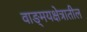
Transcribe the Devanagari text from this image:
वाङ्मयक्षेत्रातील